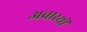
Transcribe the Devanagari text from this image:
अवास्थों